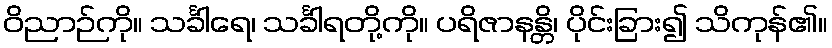
ဝိညာဉ်ကို။ သင်္ခါရေ၊ သင်္ခါရတို့ကို။ ပရိဇာနန္တိ၊ ပိုင်းခြား၍ သိကုန်၏။